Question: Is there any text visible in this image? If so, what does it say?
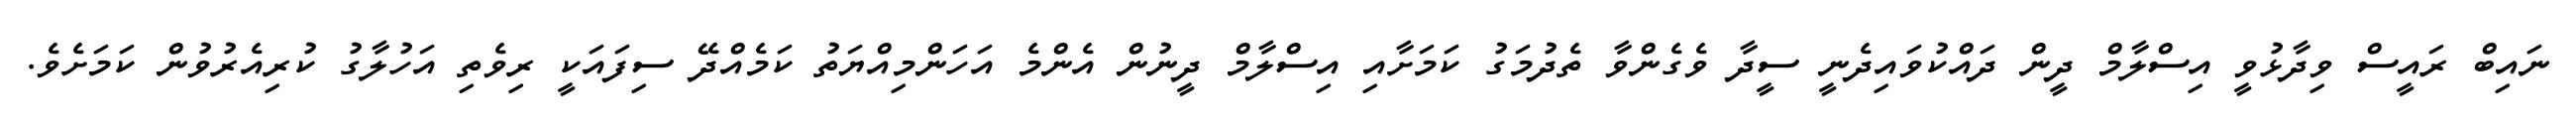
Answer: ނައިބް ރައީސް ވިދާޅުވީ އިސްލާމް ދީން ދައްކުވައިދެނީ ސީދާ ވެގެންވާ ތެދުމަގު ކަމަށާއި އިސްލާމް ދީނުން އެންމެ އަހަންމިއްޔަތު ކަމެއްދޭ ސިފައަކީ ރިވެތި އަހުލާގު ކުރިއެރުވުން ކަމަށެވެ.